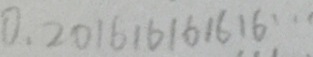
0 . 2 0 1 6 1 6 1 6 1 6 \cdots